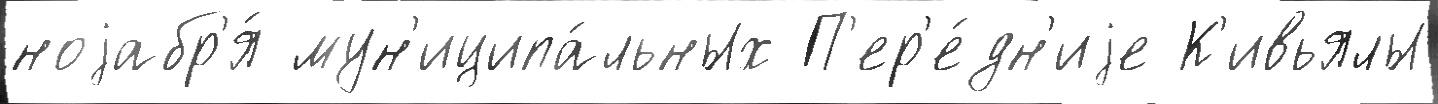
ноjабр'я́ мун'иципа́льных П'ер'е́дн'иjе К'ивьялы